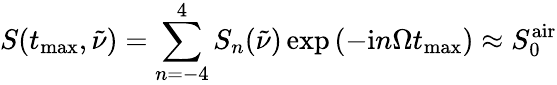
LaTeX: S(t_{\mathrm{max}},\tilde{\nu})=\sum_{n=-4}^{4}S_{n}(\tilde{\nu})\exp\left({-\mathrm{i}n\Omega t_{\mathrm{max}}}\right)\approx S_{0}^{\mathrm{air}}